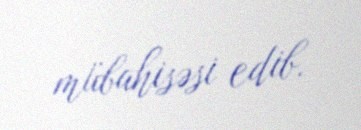
mübahisəsi edib.